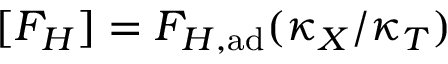
[ F _ { H } ] = F _ { H , \mathrm { a d } } ( \kappa _ { X } / \kappa _ { T } )